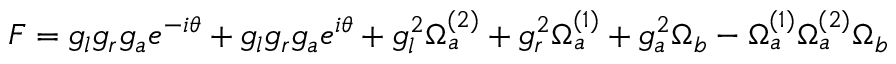
F = g _ { l } g _ { r } g _ { a } e ^ { - i \theta } + g _ { l } g _ { r } g _ { a } e ^ { i \theta } + g _ { l } ^ { 2 } \Omega _ { a } ^ { ( 2 ) } + g _ { r } ^ { 2 } \Omega _ { a } ^ { ( 1 ) } + g _ { a } ^ { 2 } \Omega _ { b } - \Omega _ { a } ^ { ( 1 ) } \Omega _ { a } ^ { ( 2 ) } \Omega _ { b }